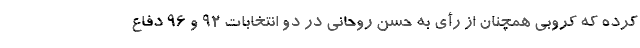
کرده که کروبی همچنان از رأی به حسن روحانی در دو انتخابات ۹۲ و ۹۶ دفاع